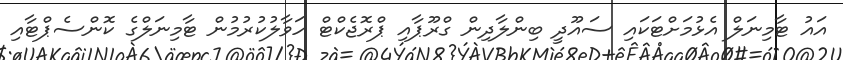
އައު ޓާމިނަލް އެޅުމަށްޓަކައި ސައޫދީ ބިންލާދިން ގްރޫޕާއި ޕްރޮޖެކްޓް ހަވާލުކުރުމުން ޓާމިނަލްގެ ކޮންސެޕްޓާއި